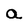
Character: a